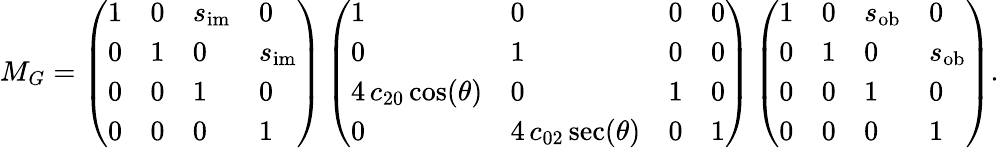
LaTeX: M_{G}=\left(\begin{array}{llll}{1}&{0}&{s_{\mathrm{im}}}&{0}\\ {0}&{1}&{0}&{s_{\mathrm{im}}}\\ {0}&{0}&{1}&{0}\\ {0}&{0}&{0}&{1}\end{array}\right)\left(\begin{array}{llll}{1}&{0}&{0}&{0}\\ {0}&{1}&{0}&{0}\\ {4\, c_{20}\cos(\theta)}&{0}&{1}&{0}\\ {0}&{4\, c_{02}\sec(\theta)}&{0}&{1}\end{array}\right)\left(\begin{array}{llll}{1}&{0}&{s_{\mathrm{ob}}}&{0}\\ {0}&{1}&{0}&{s_{\mathrm{ob}}}\\ {0}&{0}&{1}&{0}\\ {0}&{0}&{0}&{1}\end{array}\right).